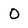
Character: 0